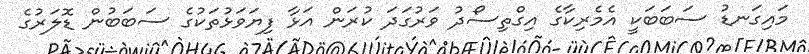
މައިގަނޑު ސަބަބަކީ އެމެރިކާގެ އިގްތިސޯދު ވަރުގަދަ ކުރަން އަޅާ ފިޔަވަޅުތަކުގެ ސަބަބުން ޑޮލަރުގެ